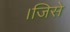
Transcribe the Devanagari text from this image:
।जिसे